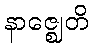
နာဇ္ဈေတိ